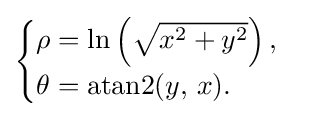
{\begin{cases}\rho =\ln \left({\sqrt {x^{2}+y^{2}}}\right),\\\theta =\operatorname {atan2} (y,\,x).\end{cases}}